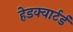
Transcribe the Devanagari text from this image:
हेडक्वार्टर्ड